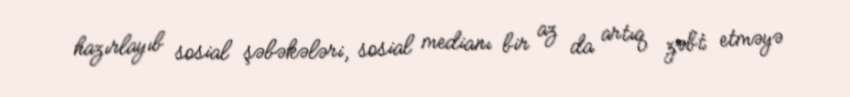
hazırlayıb sosial şəbəkələri, sosial medianı bir az da artıq zəbt etməyə